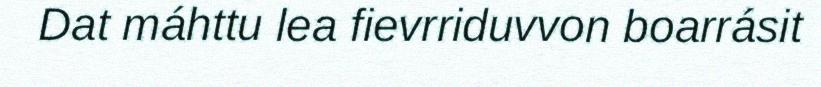
Dat máhttu lea fievrriduvvon boarrásit